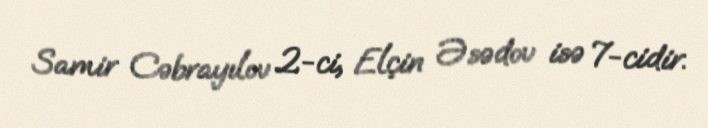
Samir Cəbrayılov 2-ci, Elçin Əsədov isə 7-cidir.